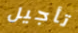
تأجيل